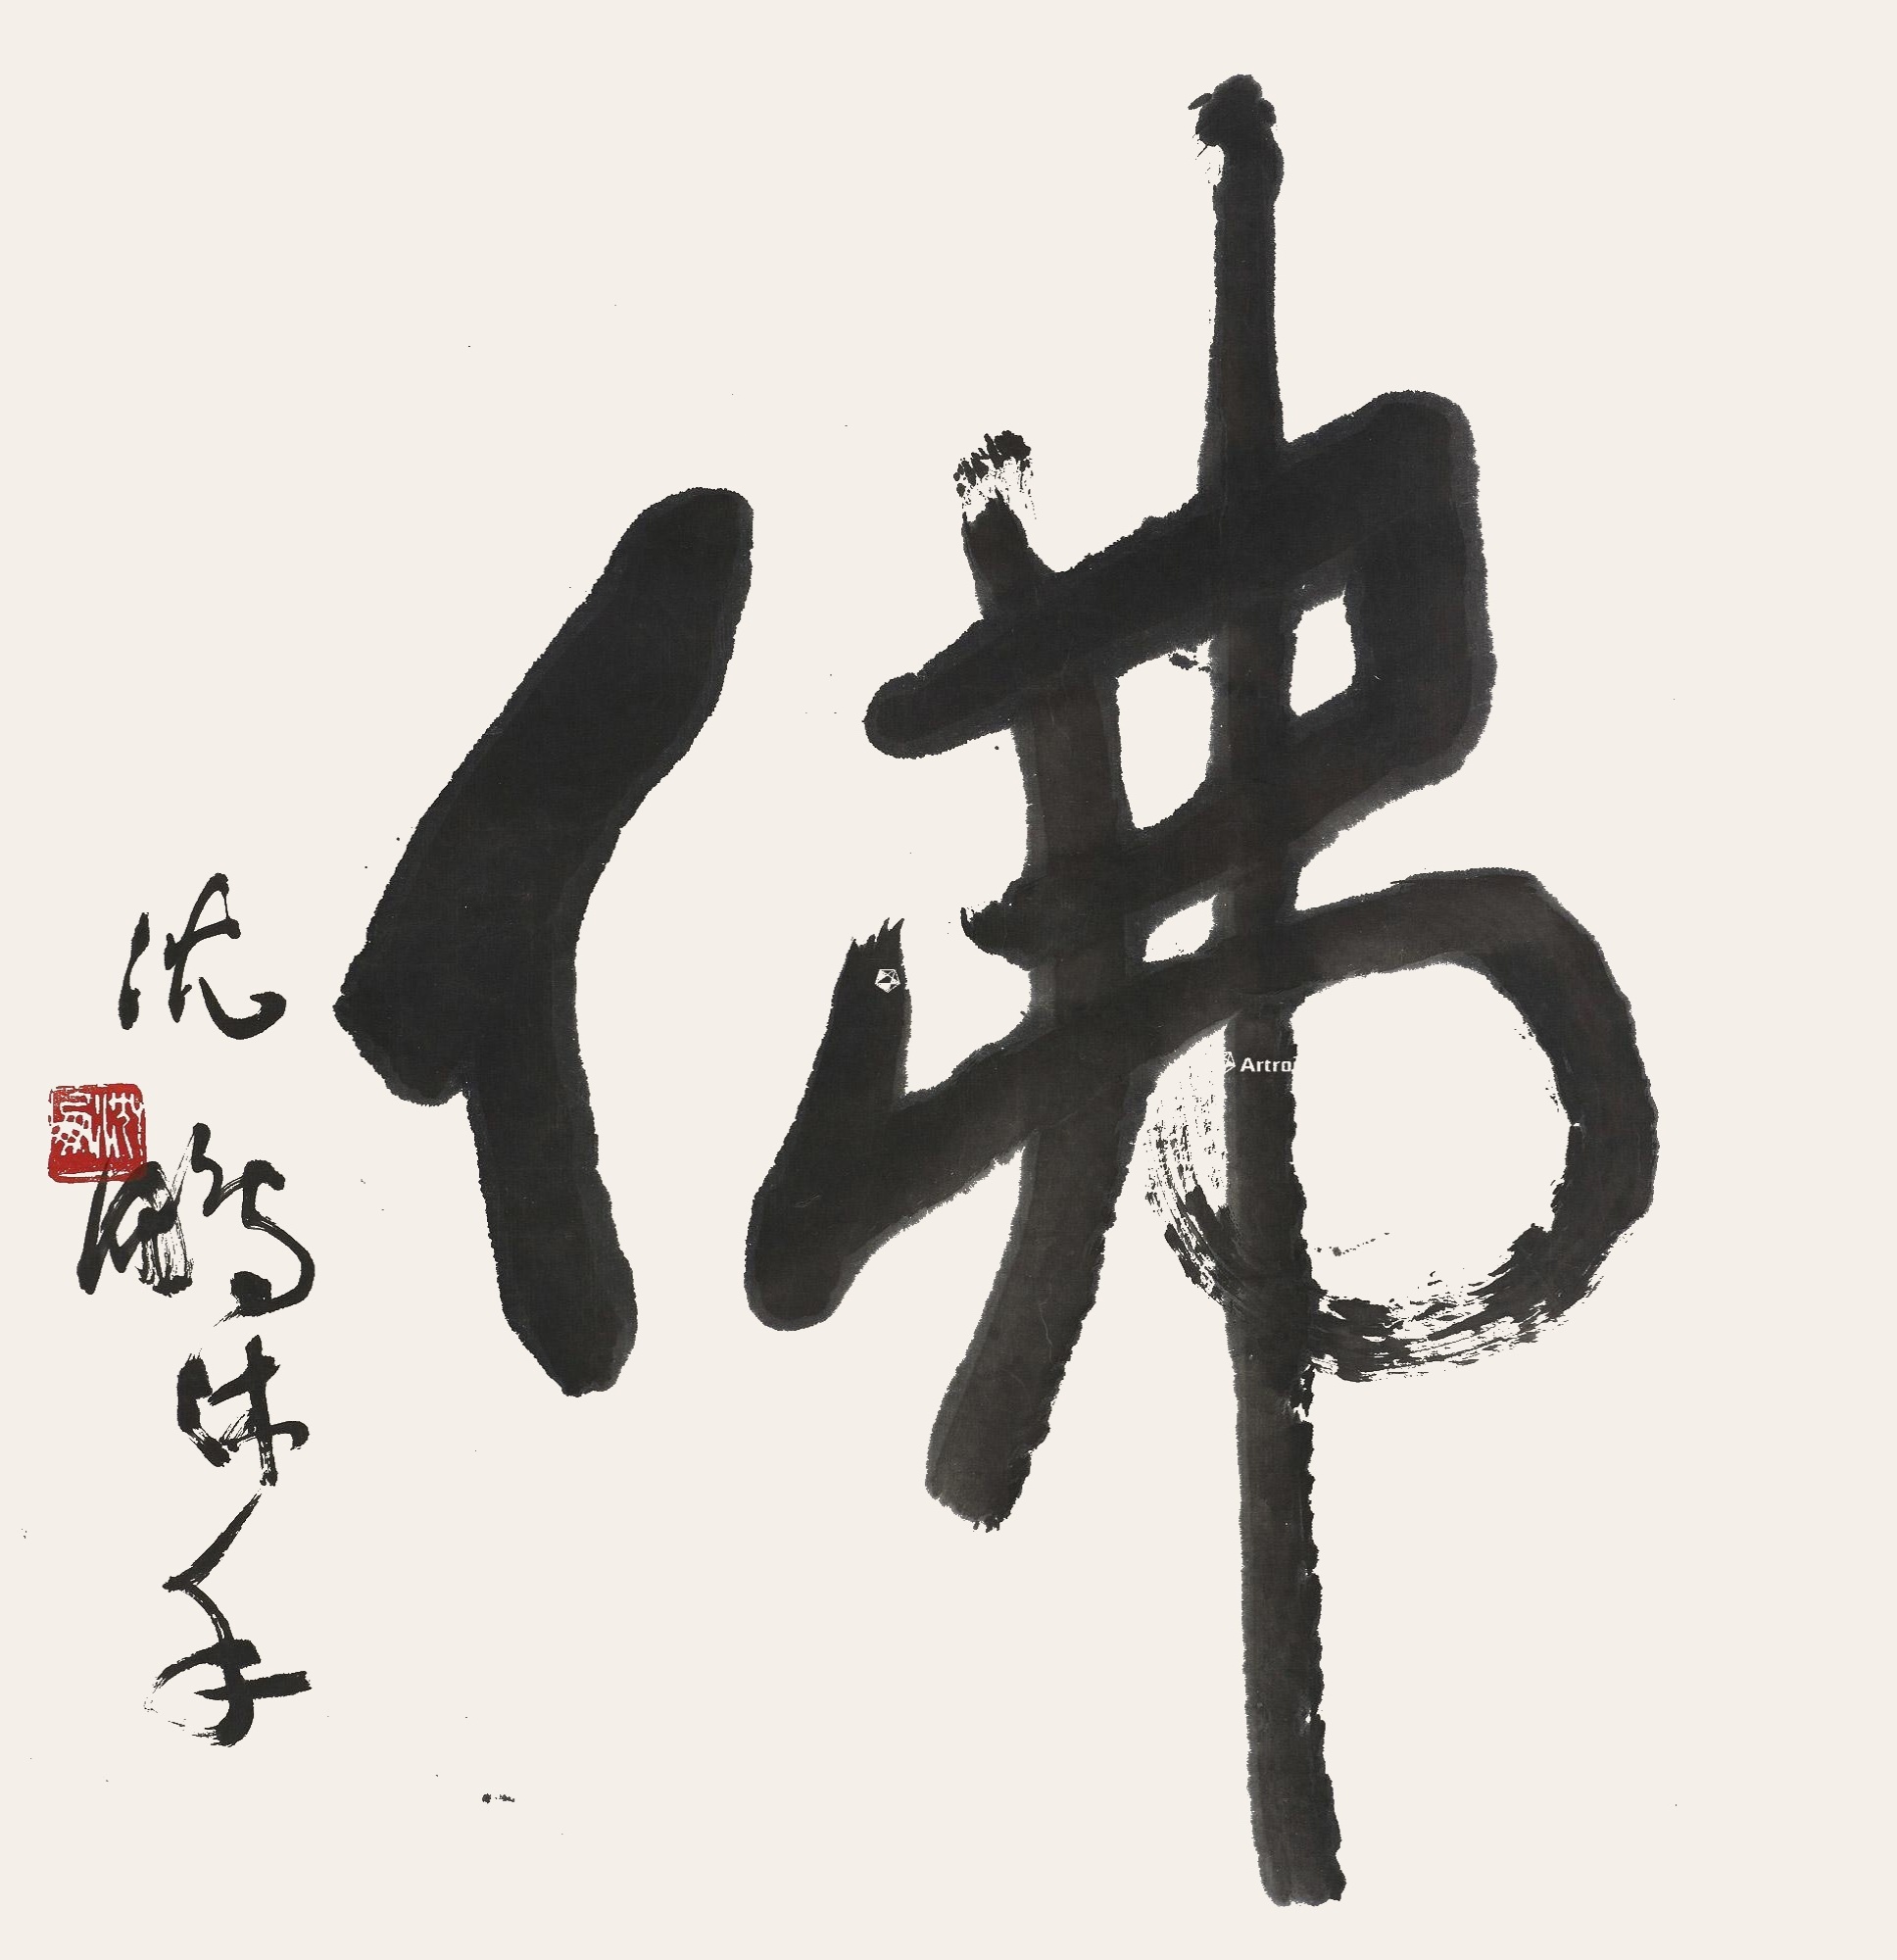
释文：题识：沈鹏沐手。